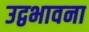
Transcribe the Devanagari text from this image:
उद्वभावना